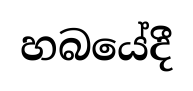
හබයේදී